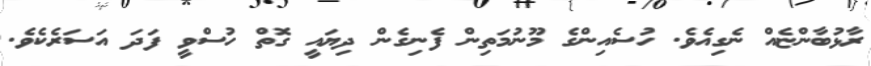
ރާޅުބާންޏެއް ނެގިއެވެ. ހުސެއިންގެ މޫނުމަތިން ފެނިގެން ދިޔައީ ގޮތް ހުސްވީ ފަދަ އަސަރެކެވެ.